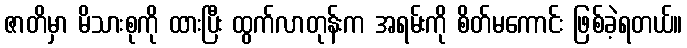
ဇာတိမှာ မိသားစုကို ထားပြီး ထွက်လာတုန်းက အရမ်းကို စိတ်မကောင်း ဖြစ်ခဲ့ရတယ်။